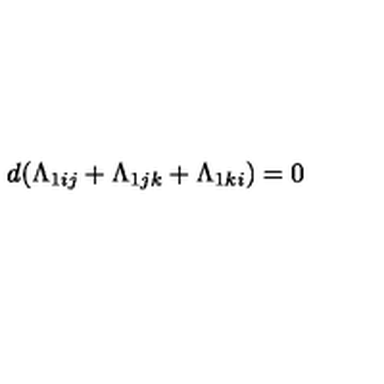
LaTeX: d ( \Lambda _ { 1 i j } + \Lambda _ { 1 j k } + \Lambda _ { 1 k i } ) = 0